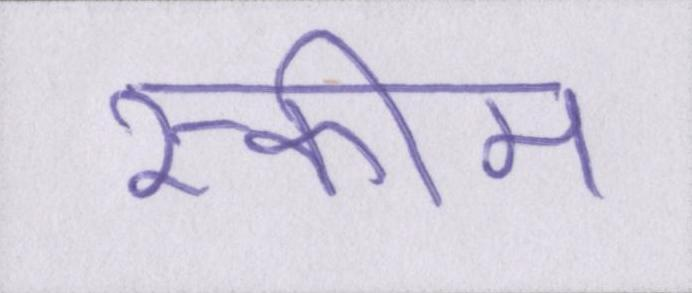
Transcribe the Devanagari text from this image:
स्कीम